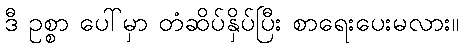
ဒီ ဥစ္စာ ပေါ်မှာ တံဆိပ်နှိပ်ပြီး စာရေးပေးမလား။